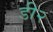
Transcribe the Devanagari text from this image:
डी२